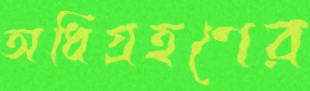
অধিগ্রহণের